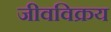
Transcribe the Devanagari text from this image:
जीवविक्रय